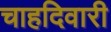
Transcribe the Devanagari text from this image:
चाहदिवारी